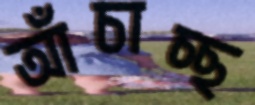
আঁচাচ্ছ